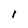
Character: I